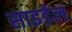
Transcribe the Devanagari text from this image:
साइडेल